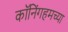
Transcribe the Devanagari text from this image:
कॉनिंगहमच्या